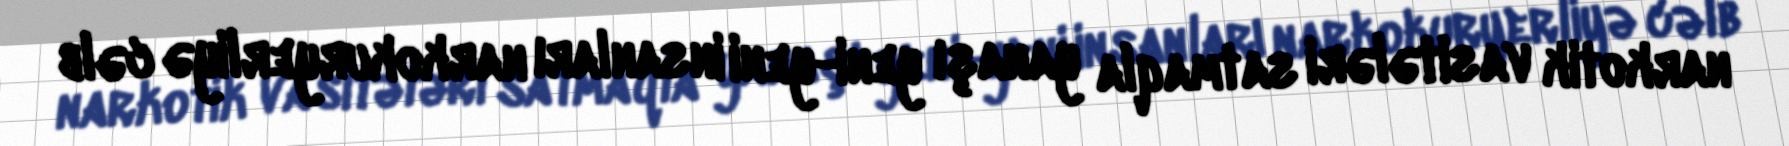
narkotik vasitələri satmaqla yanaşı yeni-yeni insanları narkokuryerliyə cəlb